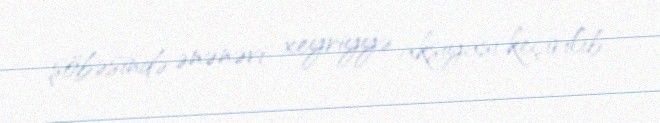
şöbəsində ənənəvi xeyriyyə aksiyası keçirilib.